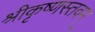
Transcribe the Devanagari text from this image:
श्रीकृष्णस्तवम्